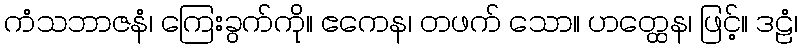
ကံသဘာဇနံ၊ ကြေးခွက်ကို။ ဧကေန၊ တဖက် သော။ ဟတ္ထေန၊ ဖြင့်။ ဒဠံ၊